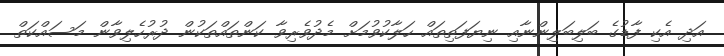
އަދި އެކި ފާޑުގެ ބަލިބަލިންނާއި ނިޔަފަތިތައް ހަލާކުވުމަށް މެދުވެރިވާ ކަންތައްތަކުން ދުރުހެލިވާން މަަސައްކަތް